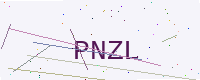
Text: PNZL